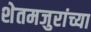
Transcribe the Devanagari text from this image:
शेतमजुरांच्या